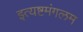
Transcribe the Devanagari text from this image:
इत्यष्टमंगलम